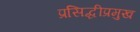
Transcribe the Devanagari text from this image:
प्रसिद्धीप्रमुख